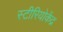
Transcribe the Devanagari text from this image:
स्टीरियोकेंद्र